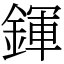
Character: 鍕